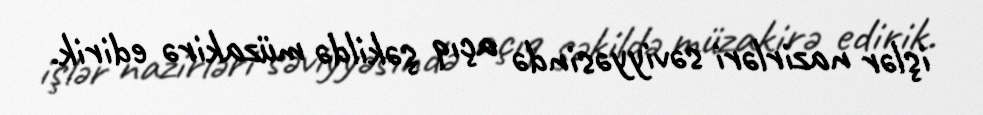
işlər nazirləri səviyyəsində açıq şəkildə müzakirə edirik.